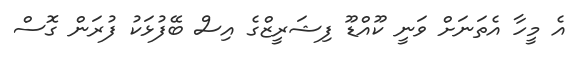
އެ މީހާ އެތަނަށް ވަނީ ކޫއްޑޫ ފިޝަރީޒްގެ އިސް ބޭފުޅަކު ފުރަން ގޮސް